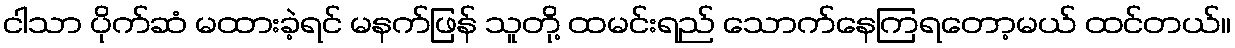
ငါသာ ပိုက်ဆံ မထားခဲ့ရင် မနက်ဖြန် သူတို့ ထမင်းရည် သောက်နေကြရတော့မယ် ထင်တယ်။